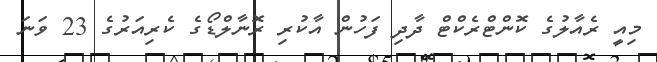
މިއީ ރެއާލުގެ ކޮންޓްރެކްޓް ދާދި ފަހުން އާކުރި ރޮނާލްޑޯގެ ކެރިއަރުގެ 23 ވަނަ